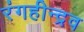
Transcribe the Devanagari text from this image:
रंगहीन्द्रव